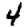
Digit: 4